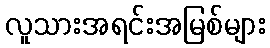
လူသားအရင်းအမြစ်များ